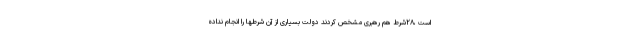
است ،۲۸شرط هم رهبری مشخص کردند دولت بسیاری از آن شرطها را انجام نداده